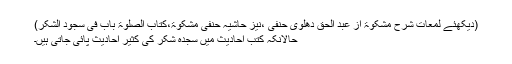
(دیکھئے لمعات شرح مشکوٰۃ از عبد الحق دھلوی حنفی ،نیز حاشیہ حنفی مشکوٰۃ،کتاب الصلوٰۃ باب فی سجود الشکر)
حالانکہ کتبِ احادیث میں سجدہ شکر کی کثیر احادیث پائی جاتی ہیں۔